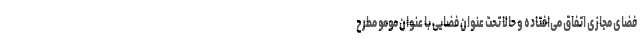
فضای مجازی اتفاق می‌افتاده و حالا تحت عنوان فضایی با عنوان مومو مطرح